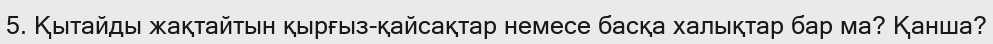
5. Қытайды жақтайтын қырғыз-қайсақтар немесе басқа халықтар бар ма? Қанша?